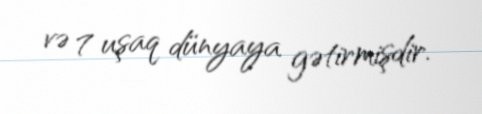
və 7 uşaq dünyaya gətirmişdir.